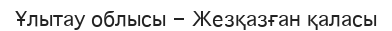
Ұлытау облысы - Жезқазған қаласы